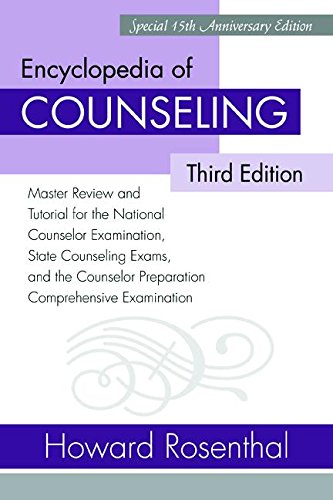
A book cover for Encyclopedia of Counseling Package: Encyclopedia of Counseling: Master Review and Tutorial for the National Counselor Examination, State Counseling ... Preparation Comprehensive Examination; Howard Rosenthal; Medical Books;